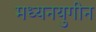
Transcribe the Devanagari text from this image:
मध्यनयुगीन